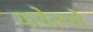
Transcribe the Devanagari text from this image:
थायेत्म्यो